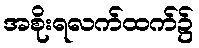
အစိုးရလက်ထက်၌